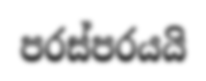
පරස්පරයයි